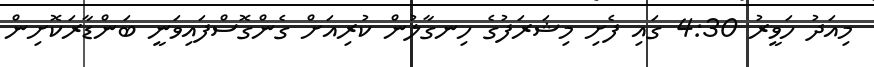
މިއަދު ހަވީރު 4:30 ގައި ފެށި މިޝަރަފުގެ ހިނގާލުން ކުރިއަށް ގެންގޮސްފައިވަނީ ބަންޑާރަކޮށިން